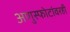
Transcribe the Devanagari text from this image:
अणुस्फोटांवरही